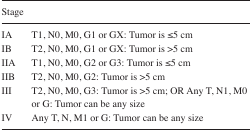
<table><thead><tr><td><b>Stage</b></td><td>[EMPTY_CELL]</td></tr></thead><tbody><tr><td>IA</td><td>T1, N0, M0, G1 or GX: Tumor is ≤5 cm</td></tr><tr><td>IB</td><td>T2, N0, M0, G1 or GX: Tumor is &gt;5 cm</td></tr><tr><td>IIA</td><td>T1, N0, M0, G2 or G3: Tumor is ≤5 cm</td></tr><tr><td>IIB</td><td>T2, N0, M0, G2: Tumor is &gt;5 cm</td></tr><tr><td>III</td><td>T2, N0, M0, G3: Tumor is &gt;5 cm; OR Any T, N1, M0 or G: Tumor can be any size</td></tr><tr><td>IV</td><td>Any T, N, M1 or G: Tumor can be any size</td></tr></tbody></table>